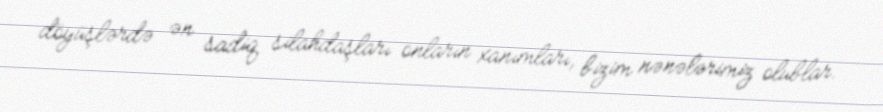
döyüşlərdə ən sadiq silahdaşları onların xanımları, bizim nənələrimiz olublar.